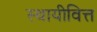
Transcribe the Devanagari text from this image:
स्थायीवित्त